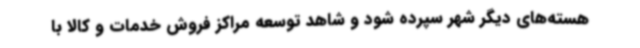
هسته‌های دیگر شهر سپرده شود و شاهد توسعه مراکز فروش خدمات و کالا با